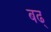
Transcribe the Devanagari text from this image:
बढ्